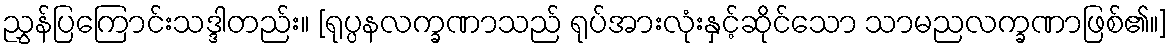
ညွှန်ပြကြောင်းသဒ္ဒါတည်း။ [ရုပ္ပနလက္ခဏာသည် ရုပ်အားလုံးနှင့်ဆိုင်သော သာမညလက္ခဏာဖြစ်၏။]